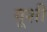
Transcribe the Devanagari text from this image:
गूशी